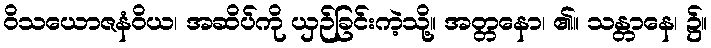
ဝိသယောဇနံဝိယ၊ အဆိပ်ကို ယှဉ်ခြင်းကဲ့သို့။ အတ္တနော၊ ၏။ သန္တာနေ၊ ၌။